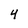
Character: 4